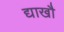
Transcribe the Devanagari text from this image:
द्याखौ